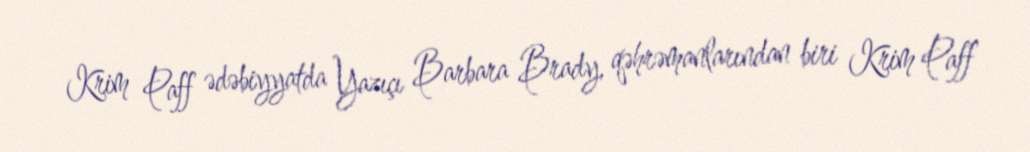
Krim Paff ədəbiyyatda Yazıçı Barbara Brady, qəhrəmanlarından biri Krim Paff